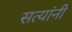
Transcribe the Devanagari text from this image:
सत्यांनी